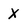
Character: x